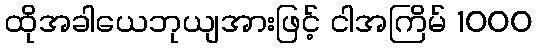
ထိုအခါယေဘုယျအားဖြင့် ငါအကြိမ် 1000